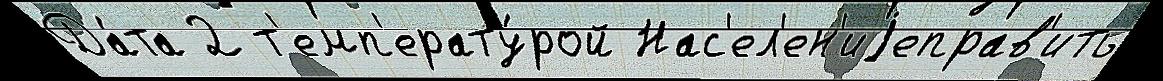
Да́та 2 т'емп'ерату́рой Нас'ел'ен'иjеправ'ить